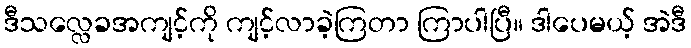
ဒီသလ္လေခအကျင့်ကို ကျင့်လာခဲ့ကြတာ ကြာပါပြီ။ ဒါပေမယ့် အဲဒီ